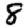
Digit: 8